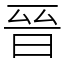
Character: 晉